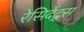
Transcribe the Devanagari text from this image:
रेसिदेंट्स